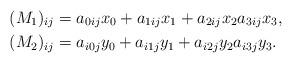
LaTeX: \begin{align*}(M_1)_{ij} & = a_{0ij} x_0 + a_{1ij} x_1 + a_{2ij} x_2 a_{3ij}x_3, \\(M_2)_{ij} & = a_{i0j} y_0 + a_{i1j} y_1 + a_{i2j} y_2 a_{i3j}y_3.\end{align*}